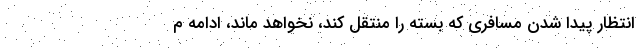
انتظار پیدا شدن مسافری که بسته را منتقل کند، نخواهد ماند، ادامه م